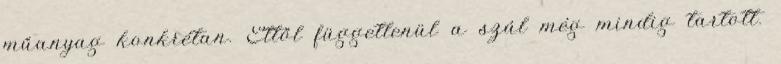
műanyag konkrétan. Ettől függetlenül a szál még mindig tartott.